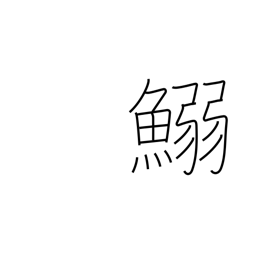
Meaning: (kokuji)